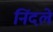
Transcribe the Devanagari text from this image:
निंदले